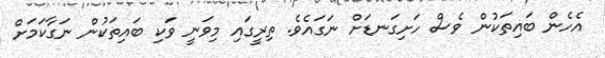
އެހެން ބައިތަކުން ވެސް ހަށިގަނޑަށް ނަގައެވެ. ތިރީގައި މިވަނީ ވަކި ބައިތަކުން ނަގާކަމަށް